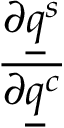
\frac { \partial \underline { { q } } ^ { s } } { \partial \underline { { q } } ^ { c } }